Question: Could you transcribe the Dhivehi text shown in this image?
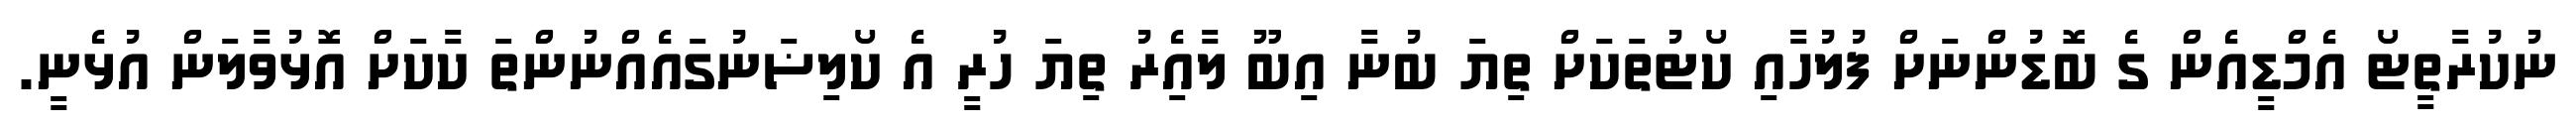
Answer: ނުކުރާތީޓޯ އެމްޑީއެން ގެ ބޮޑުންނަށް ފުލުހާއި ކޯޓުތަކަށް ތިޔަ ބުނާ އިބޫ ލާއެިރު ތިޔަ ހުރީ އެ ކޯލިޟަނުގައެއްނުންތަ ކާކަށް އޮޅުވާލަން އުޅެނީ.